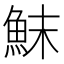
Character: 䱅